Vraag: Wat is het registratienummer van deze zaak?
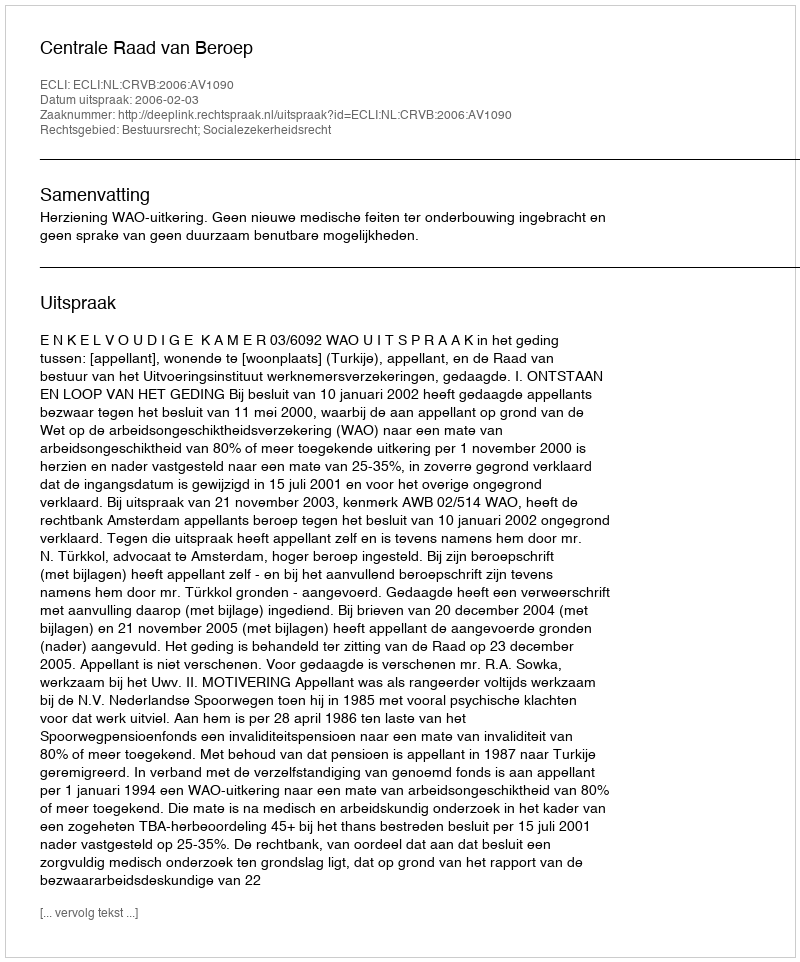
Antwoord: http://deeplink.rechtspraak.nl/uitspraak?id=ECLI:NL:CRVB:2006:AV1090